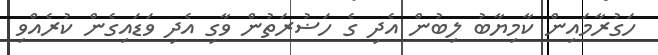
ހަގުރާމައިން ކާމިޔާބު ލިބުން އެދި ގެ ހަޟުރަތުން ވާގި އެދި ވަޑައިގެން ކުރެއްވި